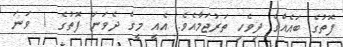
ފޮތުގެ ބައެއްގެ ދިވެހި ތަރުޖަމާއެވެ. އެއީ މީގެ ދެވަނަ ފޮތުގެ 1 ވަނަ